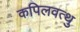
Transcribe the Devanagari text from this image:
कपिलवत्थु